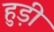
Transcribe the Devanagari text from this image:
हुड़ी